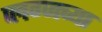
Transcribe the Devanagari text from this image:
प्लग्जच्या